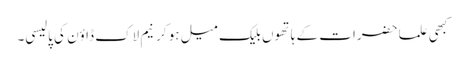
کبھی علما حضرات کے ہاتھوں بلیک میل ہو کر نیم لاک ڈاؤن کی پالیسی۔